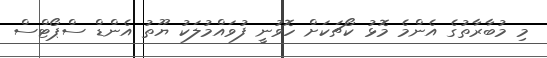
މި މުބާރާތުގެ އެންމެ މޮޅު ކޯޗަކަށް ހޮވުނީ ފުވައްމުލަކު ޔޫތު އެންޑް ސްޕޯޓްސް